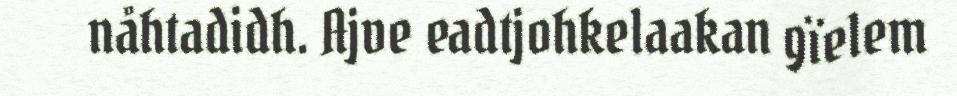
nåhtadidh. Ajve eadtjohkelaakan gïelem